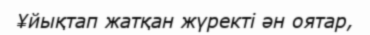
¥йықтап жатқан жүректі ән оятар,